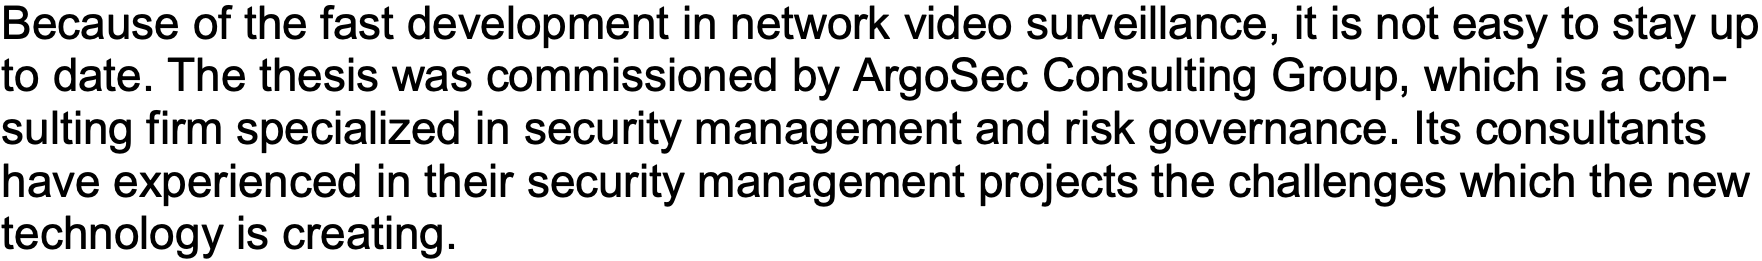
Because of the fast development in network video surveillance, it is not easy to stay up to date. The thesis was commissioned by ArgoSec Consulting Group, which is a con- sulting firm specialized in security management and risk governance. Its consultants have experienced in their security management projects the challenges which the new technology is creating.